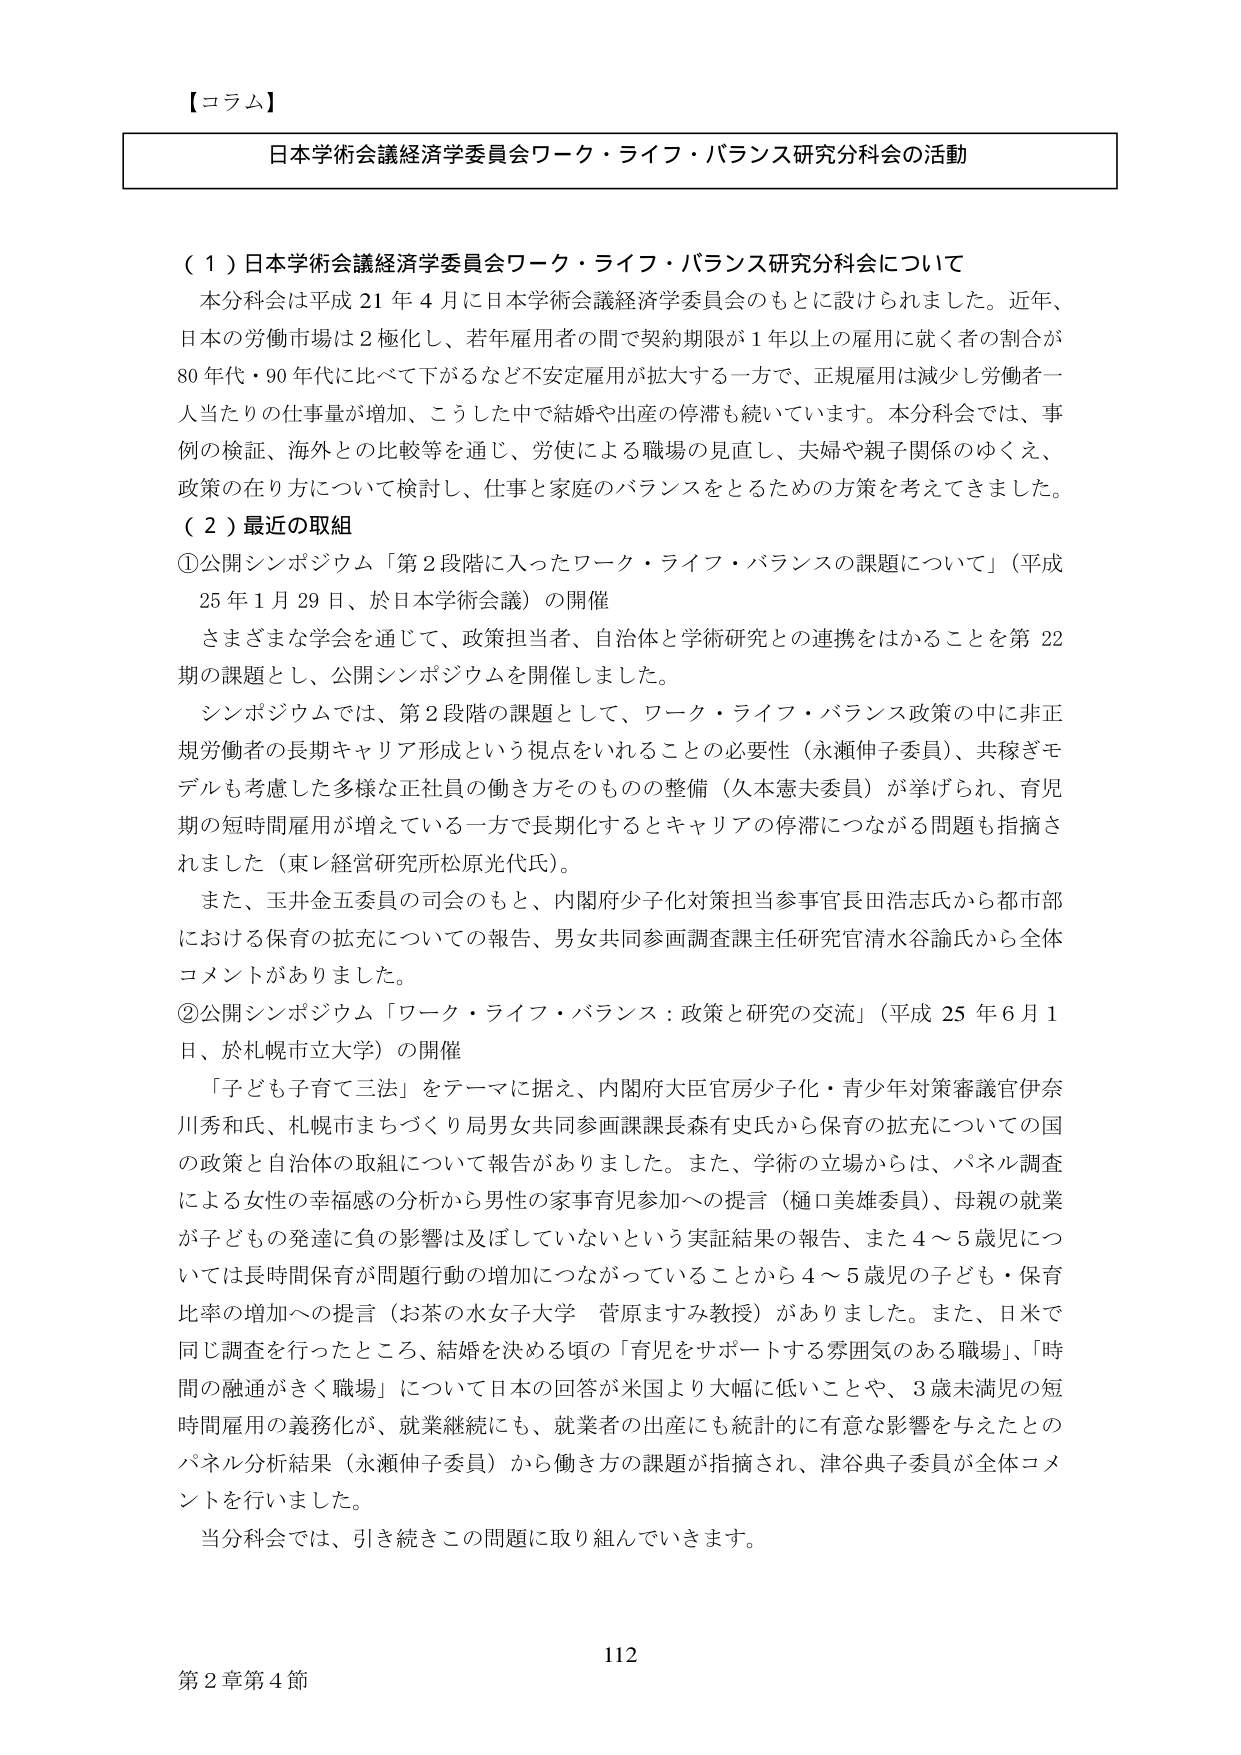
【コラム】
日本学術会議経済学委員会ワーク・ライフ・バランス研究分科会の活動

（１）日本学術会議経済学委員会ワーク・ライフ・バランス研究分科会について
本分科会は平成21年4月に日本学術会議経済学委員会のもとに設けられました。近年、日本の労働市場は2極化し、若年雇用者の間で契約期限が1年以上の雇用に就く者の割合が80年代・90年代に比べて下がるなど不安定雇用が拡大する一方で、正規雇用は減少し労働者一人当たりの仕事量が増加、こうした中で結婚や出産の停滞も続いています。本分科会では、事例の検証、海外との比較等を通じ、労使による職場の見直し、夫婦や親子関係のゆくえ、政策の在り方について検討し、仕事と家庭のバランスをとるための方策を考えてきました。

（２）最近の取組
①公開シンポジウム「第2段階に入ったワーク・ライフ・バランスの課題について」（平成25年1月29日、於日本学術会議）の開催
さまざまな学会を通じて、政策担当者、自治体と学術研究との連携をはかることを第22期の課題とし、公開シンポジウムを開催しました。
シンポジウムでは、第2段階の課題として、ワーク・ライフ・バランス政策の中に非正規労働者の長期キャリア形成という視点をいれることの必要性（永瀬伸子委員）、共稼ぎモデルも考慮した多様な正社員の働き方そのものの整備（久本憲夫委員）が挙げられ、育児期の短時間雇用が増えている一方で長期化するとキャリアの停滞につながる問題も指摘されました（東レ経営研究所松原光代氏）。
また、玉井金五委員の司会のもと、内閣府少子化対策担当参事官長田浩志氏から都市部における保育の拡充についての報告、男女共同参画調査課主任研究官清水谷諭氏から全体コメントがありました。

②公開シンポジウム「ワーク・ライフ・バランス：政策と研究の交流」（平成25年6月1日、於札幌市立大学）の開催
「子ども子育て三法」をテーマに据え、内閣府大臣官房少子化・青少年対策審議官伊奈川秀和氏、札幌市まちづくり局男女共同参画課課長森有史氏から保育の拡充についての国の政策と自治体の取組について報告がありました。また、学術の立場からは、パネル調査による女性の幸福感の分析から男性の家事育児参加への提言（樋口美雄委員）、母親の就業が子どもの発達に負の影響は及ぼしていないという実証結果の報告、また4～5歳児については長時間保育が問題行動の増加につながっていることから4～5歳児の子ども・保育比率の増加への提言（お茶の水女子大学 菅原ますみ教授）がありました。また、日米で同じ調査を行ったところ、結婚を決める頃の「育児をサポートする雰囲気のある職場」、「時間の融通がきく職場」について日本の回答が米国より大幅に低いことや、3歳未満児の短時間雇用の義務化が、就業継続にも、就業者の出産にも統計的に有意な影響を与えたとのパネル分析結果（永瀬伸子委員）から働き方の課題が指摘され、津谷典子委員が全体コメントを行いました。
当分科会では、引き続きこの問題に取り組んでいきます。

112
第2章第4節